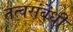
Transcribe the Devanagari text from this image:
तत्वसंबंधी